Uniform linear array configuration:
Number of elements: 24
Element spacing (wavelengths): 0.25
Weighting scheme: cosine
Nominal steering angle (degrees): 60
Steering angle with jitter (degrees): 60.972
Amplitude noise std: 0.05
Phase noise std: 0.05

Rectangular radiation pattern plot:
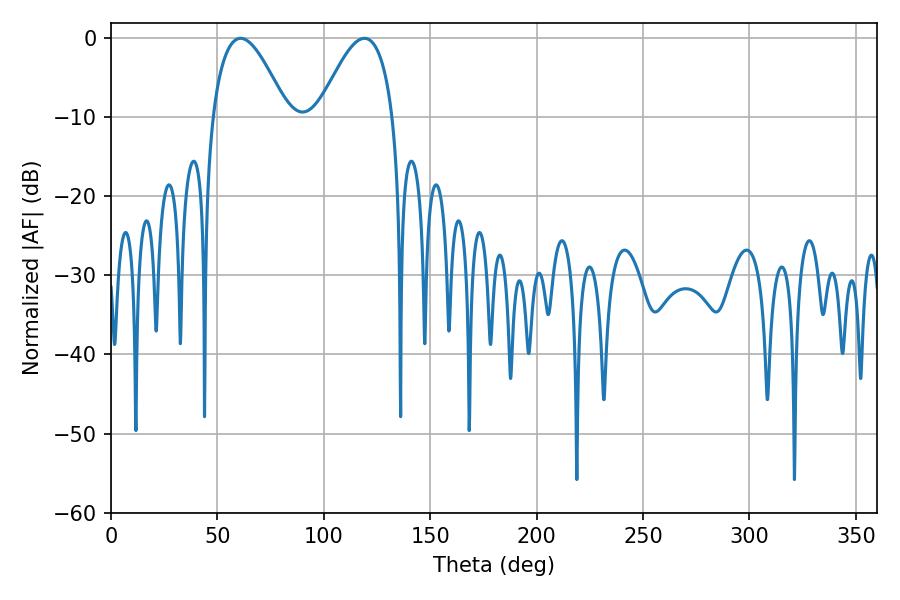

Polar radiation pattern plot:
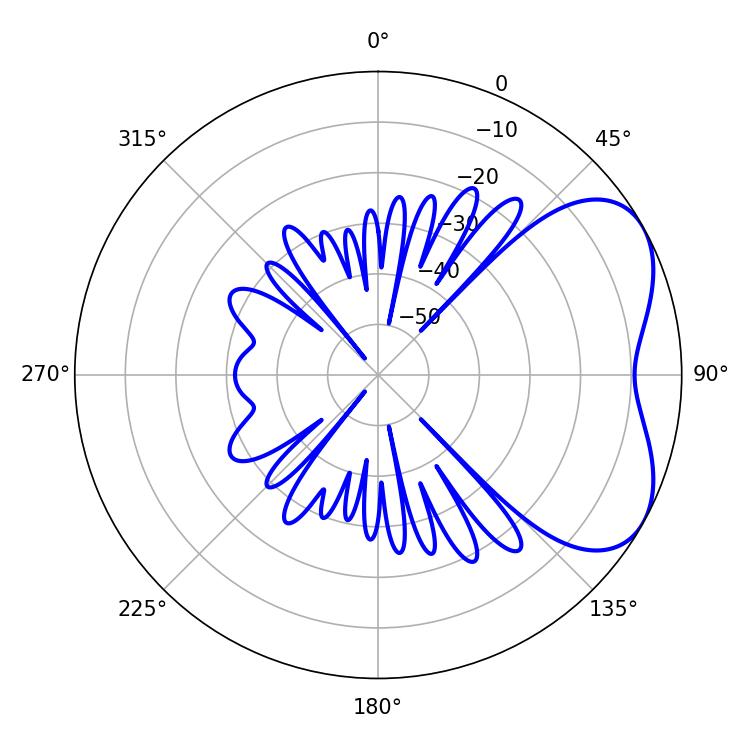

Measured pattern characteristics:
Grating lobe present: FALSE
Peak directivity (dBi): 4.809
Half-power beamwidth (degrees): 19.08
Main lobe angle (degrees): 60.84